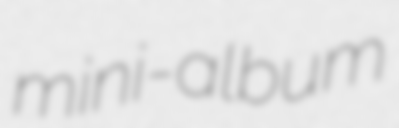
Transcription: mini-album